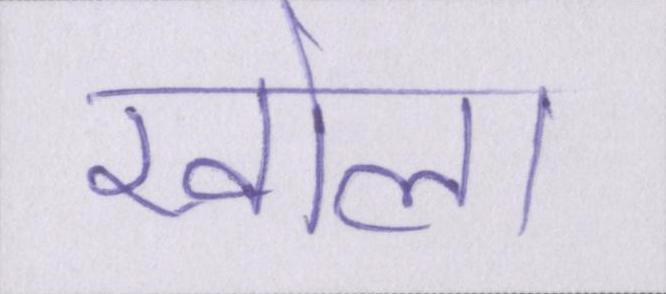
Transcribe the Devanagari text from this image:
खोला